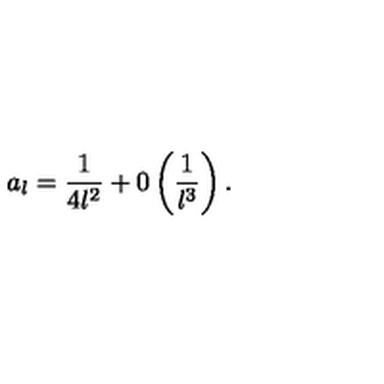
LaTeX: a _ { l } = \displaystyle \frac { 1 } { 4 l ^ { 2 } } + 0 \left( \displaystyle \frac { 1 } { l ^ { 3 } } \right) .